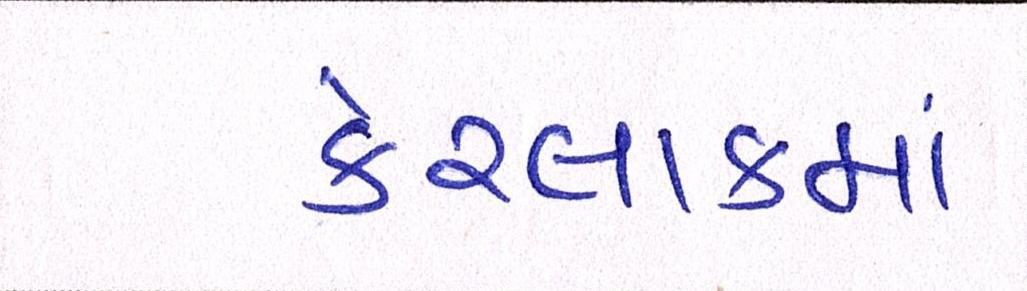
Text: કેટલાકમાં